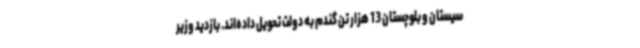
سیستان و بلوچستان 13 هزار تن گندم به دولت تحویل داده‌اند. بازدید وزیر